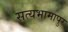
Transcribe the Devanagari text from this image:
सत्यभामापुर